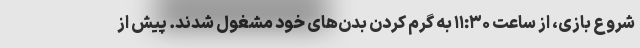
شروع بازی، از ساعت ۱۱:۳۰ به گرم کردن بدن‌های خود مشغول شدند. پیش از